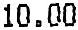
10.00